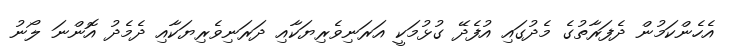
އެހެންކަމުން ދެފަރާތުގެ މެދުގައި އުފެދޭ ގުޅުމަކީ އަރަނިވެރިޔަކާއި ދަރަނިވެރިޔަކާއި ދެމެދު އޮންނަ ލޯނު